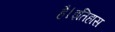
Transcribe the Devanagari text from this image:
है।इतिहास